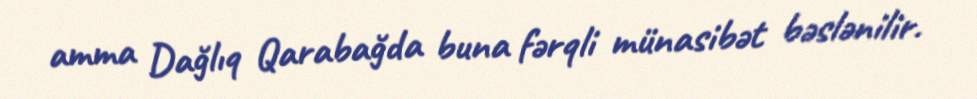
amma Dağlıq Qarabağda buna fərqli münasibət bəslənilir.